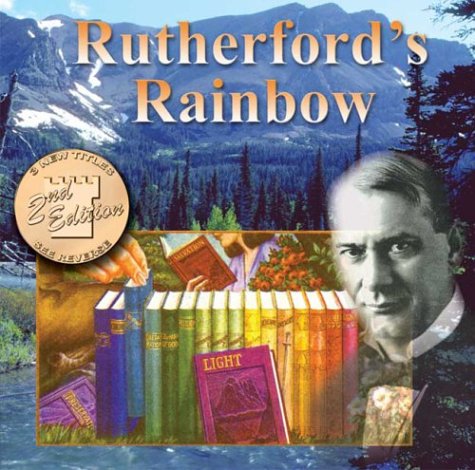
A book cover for Rutherford's Rainbow; Research Applications; Christian Books & Bibles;